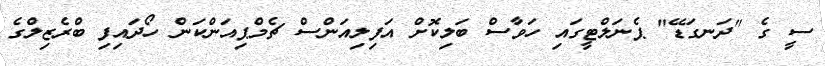
ސީ ގެ "ދަނގަޑޭ" ޕެނަލްޓީގައި ހަވާސް ބަލިކޮށް އަފިލިއަންސް ޗެމްޕިއަންކަން ހޯދައިފި ބްރެޒިލްގެ